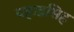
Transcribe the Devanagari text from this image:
पहाडसिह